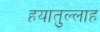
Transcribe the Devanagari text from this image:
हयातुल्लाह